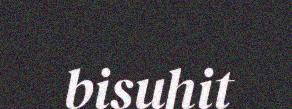
bisuhit